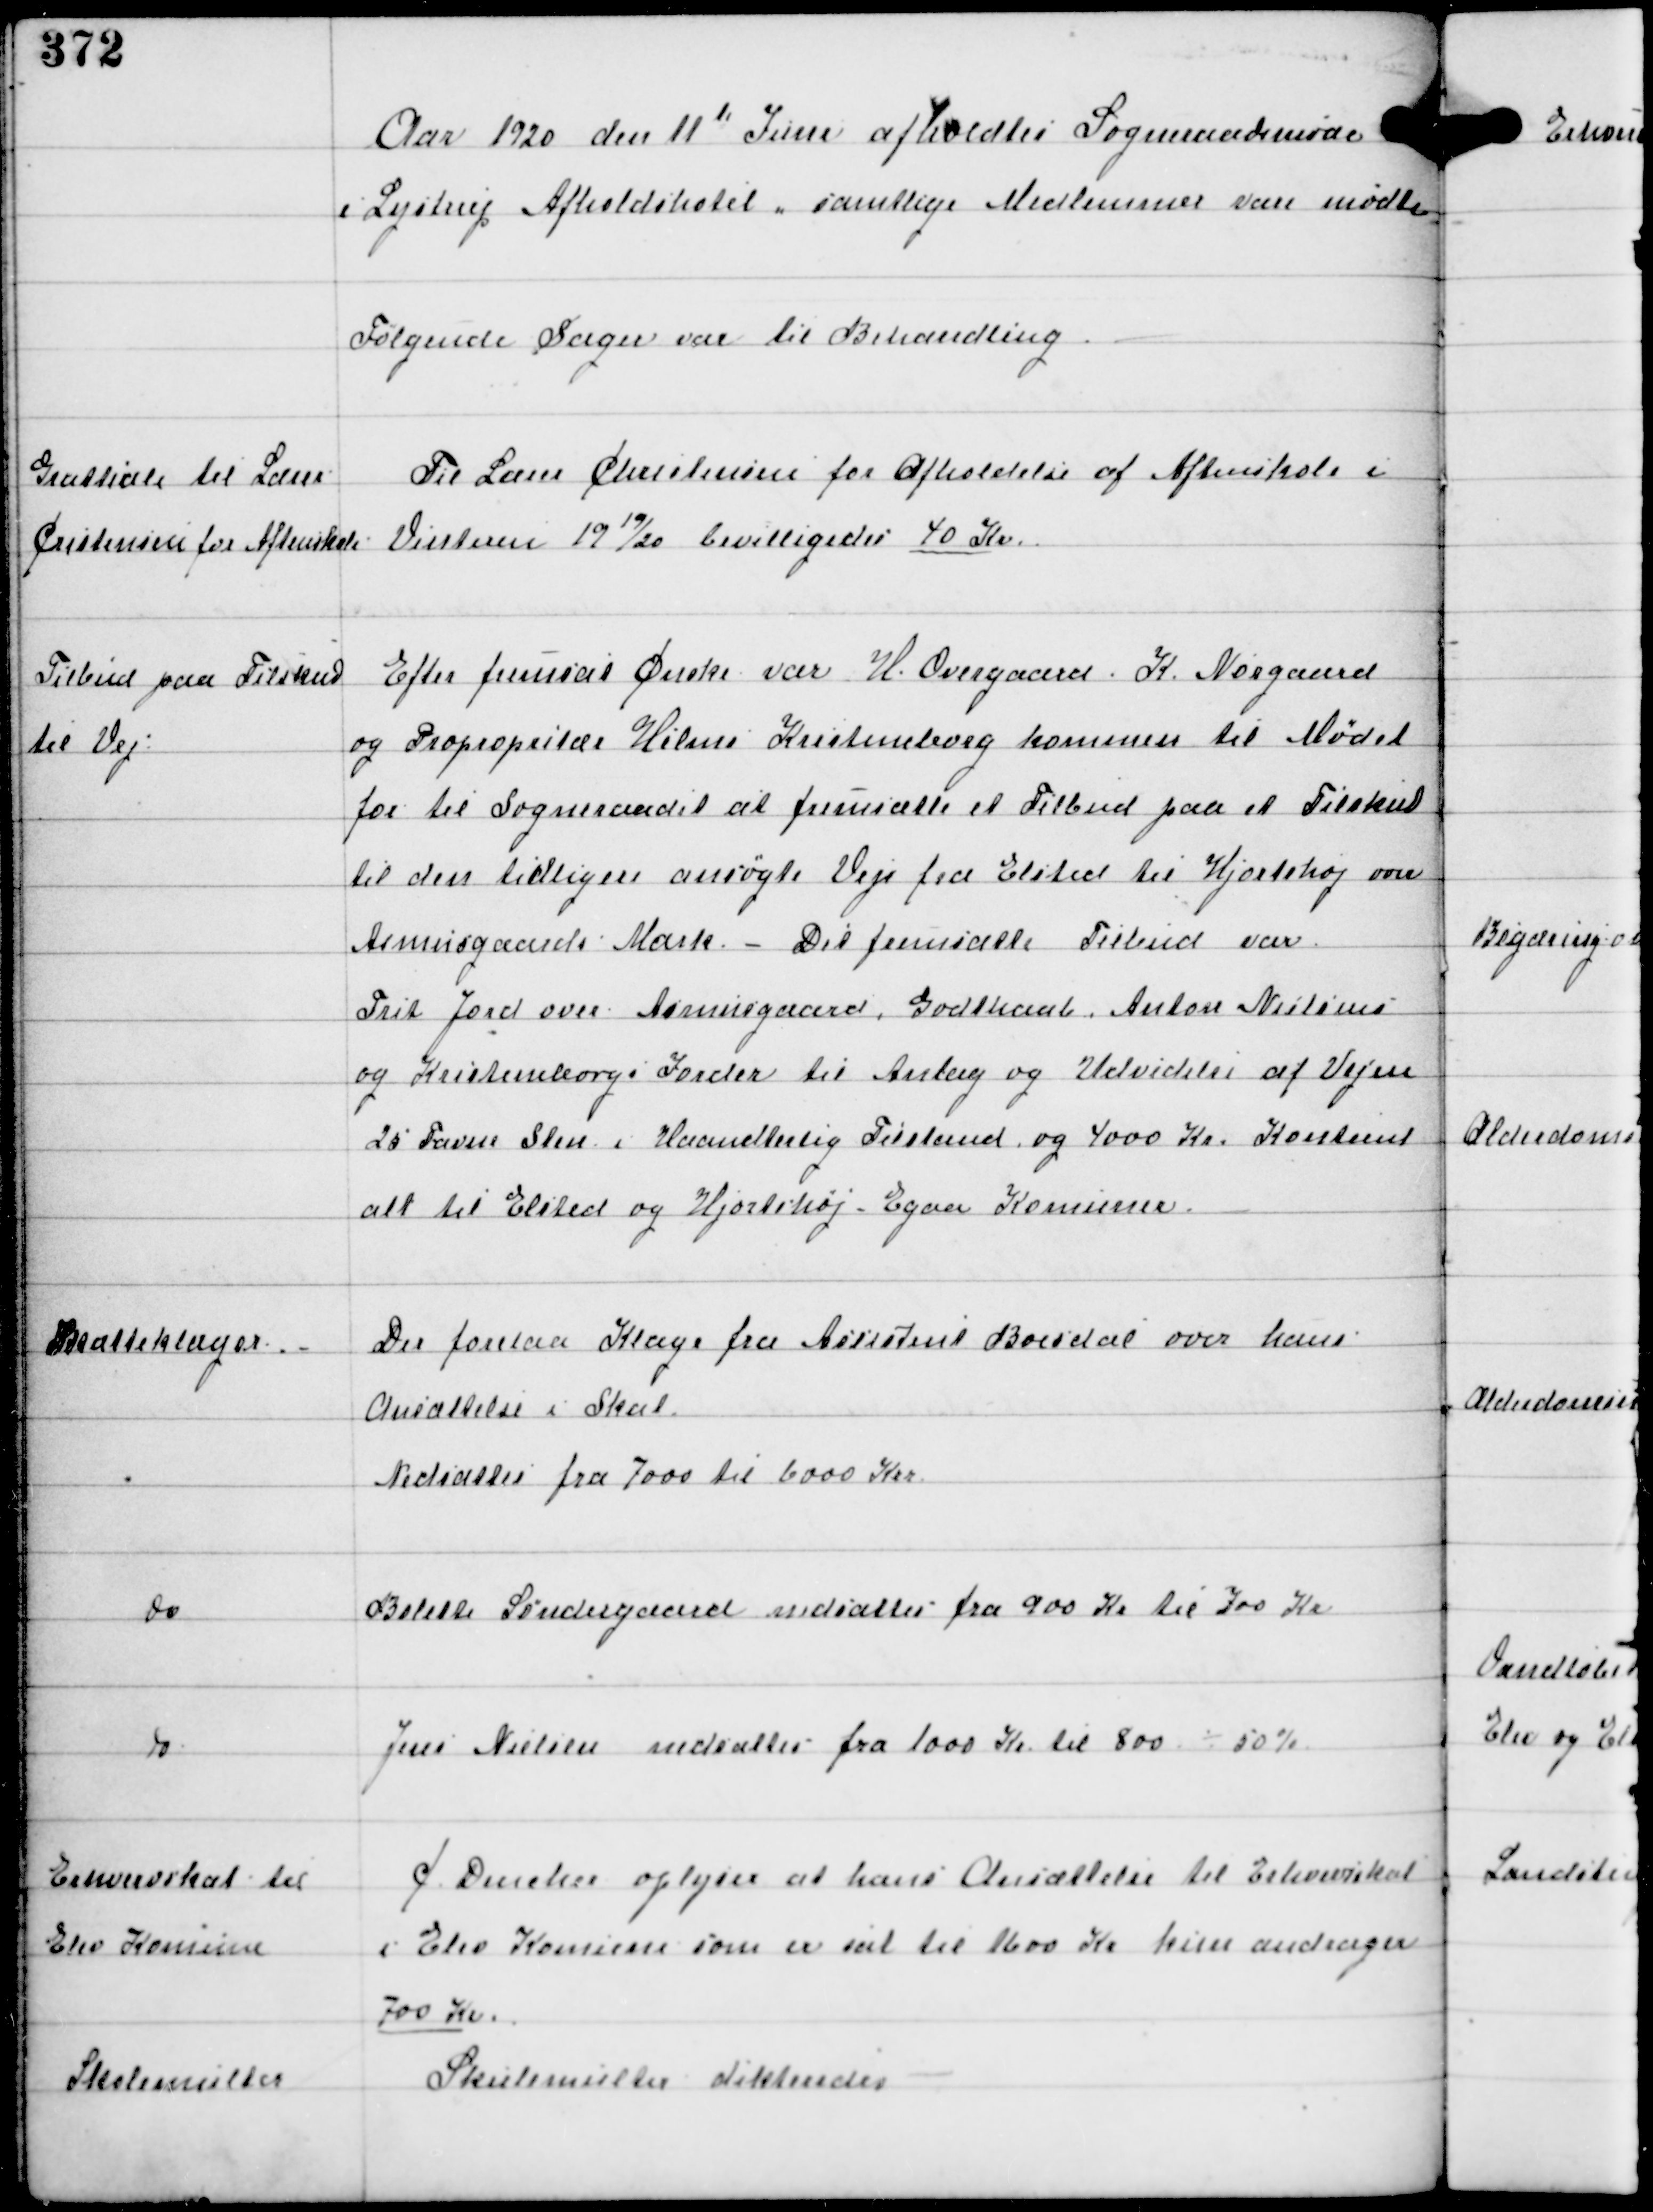
Transskription:
Aar 1920 den 11te Juni afholdtes Sogneraadsmøde
i Lystrup Afholdshotel, samtlige Medlemmer vare mødte
Følgende Sager var til Behandling

Gratiale til Lærer
Cristensen for Aftenskole

Til Lærer Christensen for Afholdelse af Aftenskole i
Vinteren 1919/20 bevilligedes 40 Kr.

Tilbud paa Tilskud
til Vej.

Efter fremsat Ønske var H. Overgaard K. Nørgaard
og Propropritær Helms Kristineborg kommen til Mødet
for til Sogneraadet at fremsætte et Tilbud paa et Tilskud
til den tidligere ansøgte Vej fra Elsted til Hjorthøj over
Asmusgaards Mark. - Det fremsatte Tilbud var
Frit Jord over Asmusgaard, Godthaab, Anton Nielsens
og Kristineborgs Jorder til Anlæg og Udvidelse af Vejen
20 Favne Sten i Haandterlig Tilstand og 4000 Kr Kontant
alt til Elsted og Hjorthøj-Egaa Komuner.

Skatteklager. -

Der forelaa Klager fra Assistent Boesdal over hans
Ansættelse i Skat
Nedsættes fra 7000 til 6000 Kr

do

Bolette Søndergaard nedsættes fra 900 Kr til 700 Kr

do

Jens Nielsen nedsættes fra 1000 Kr til 800 ÷ 50%

Erhvervskat til
Elev Komune

C Dencker oplyser at hans Ansættelse til Erhvervsskat
i Elev Komune som er sat til 1600 Kr kun andrager
700 Kr

Skolemulkter

Skolemulkter dikteredes